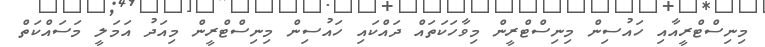
މިނިސްޓްރީއާއި ހައުސިން މިނިސްޓްރީން މިވާހަކަތައް ދައްކައި ހައުސިން މިނިސްޓްރީން މިއަދު އަމަލީ މަސައްކަތް